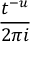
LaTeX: \frac { t ^ { - u } } { 2 \pi i }